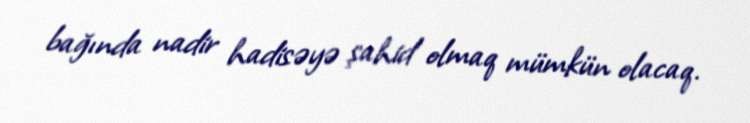
bağında nadir hadisəyə şahid olmaq mümkün olacaq.